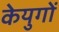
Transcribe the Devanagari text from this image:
केयुगों